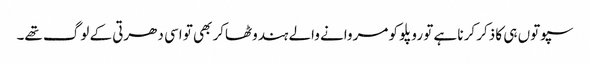
سپوتوں ہی کا ذکر کرنا ہے تو روپلو کو مروانے والے ہندوٹھاکر بھی تو اسی دھرتی کے لوگ تھے۔